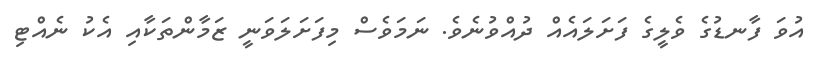
އުވަ ފާނޑުގެ ވެލީގެ ފަށަލައެއް ދުއްވުނެވެ. ނަމަވެސް މިފަށަލަވަނީ ޒަމާންތަކާއި އެކު ނެއްޓި